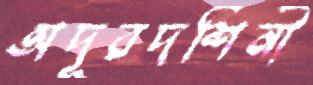
অদূরদর্শিনী